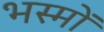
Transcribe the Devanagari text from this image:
भस्मों